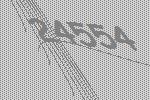
24554